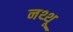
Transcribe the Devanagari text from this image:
नथ्थू